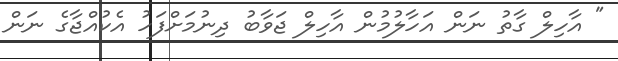
" އާހިލް ގާތު ނަން އަހާލުމުން އާހިލް ޖަވާބު ދިނުމަށްފަހު އެކުއްޖާގެ ނަން